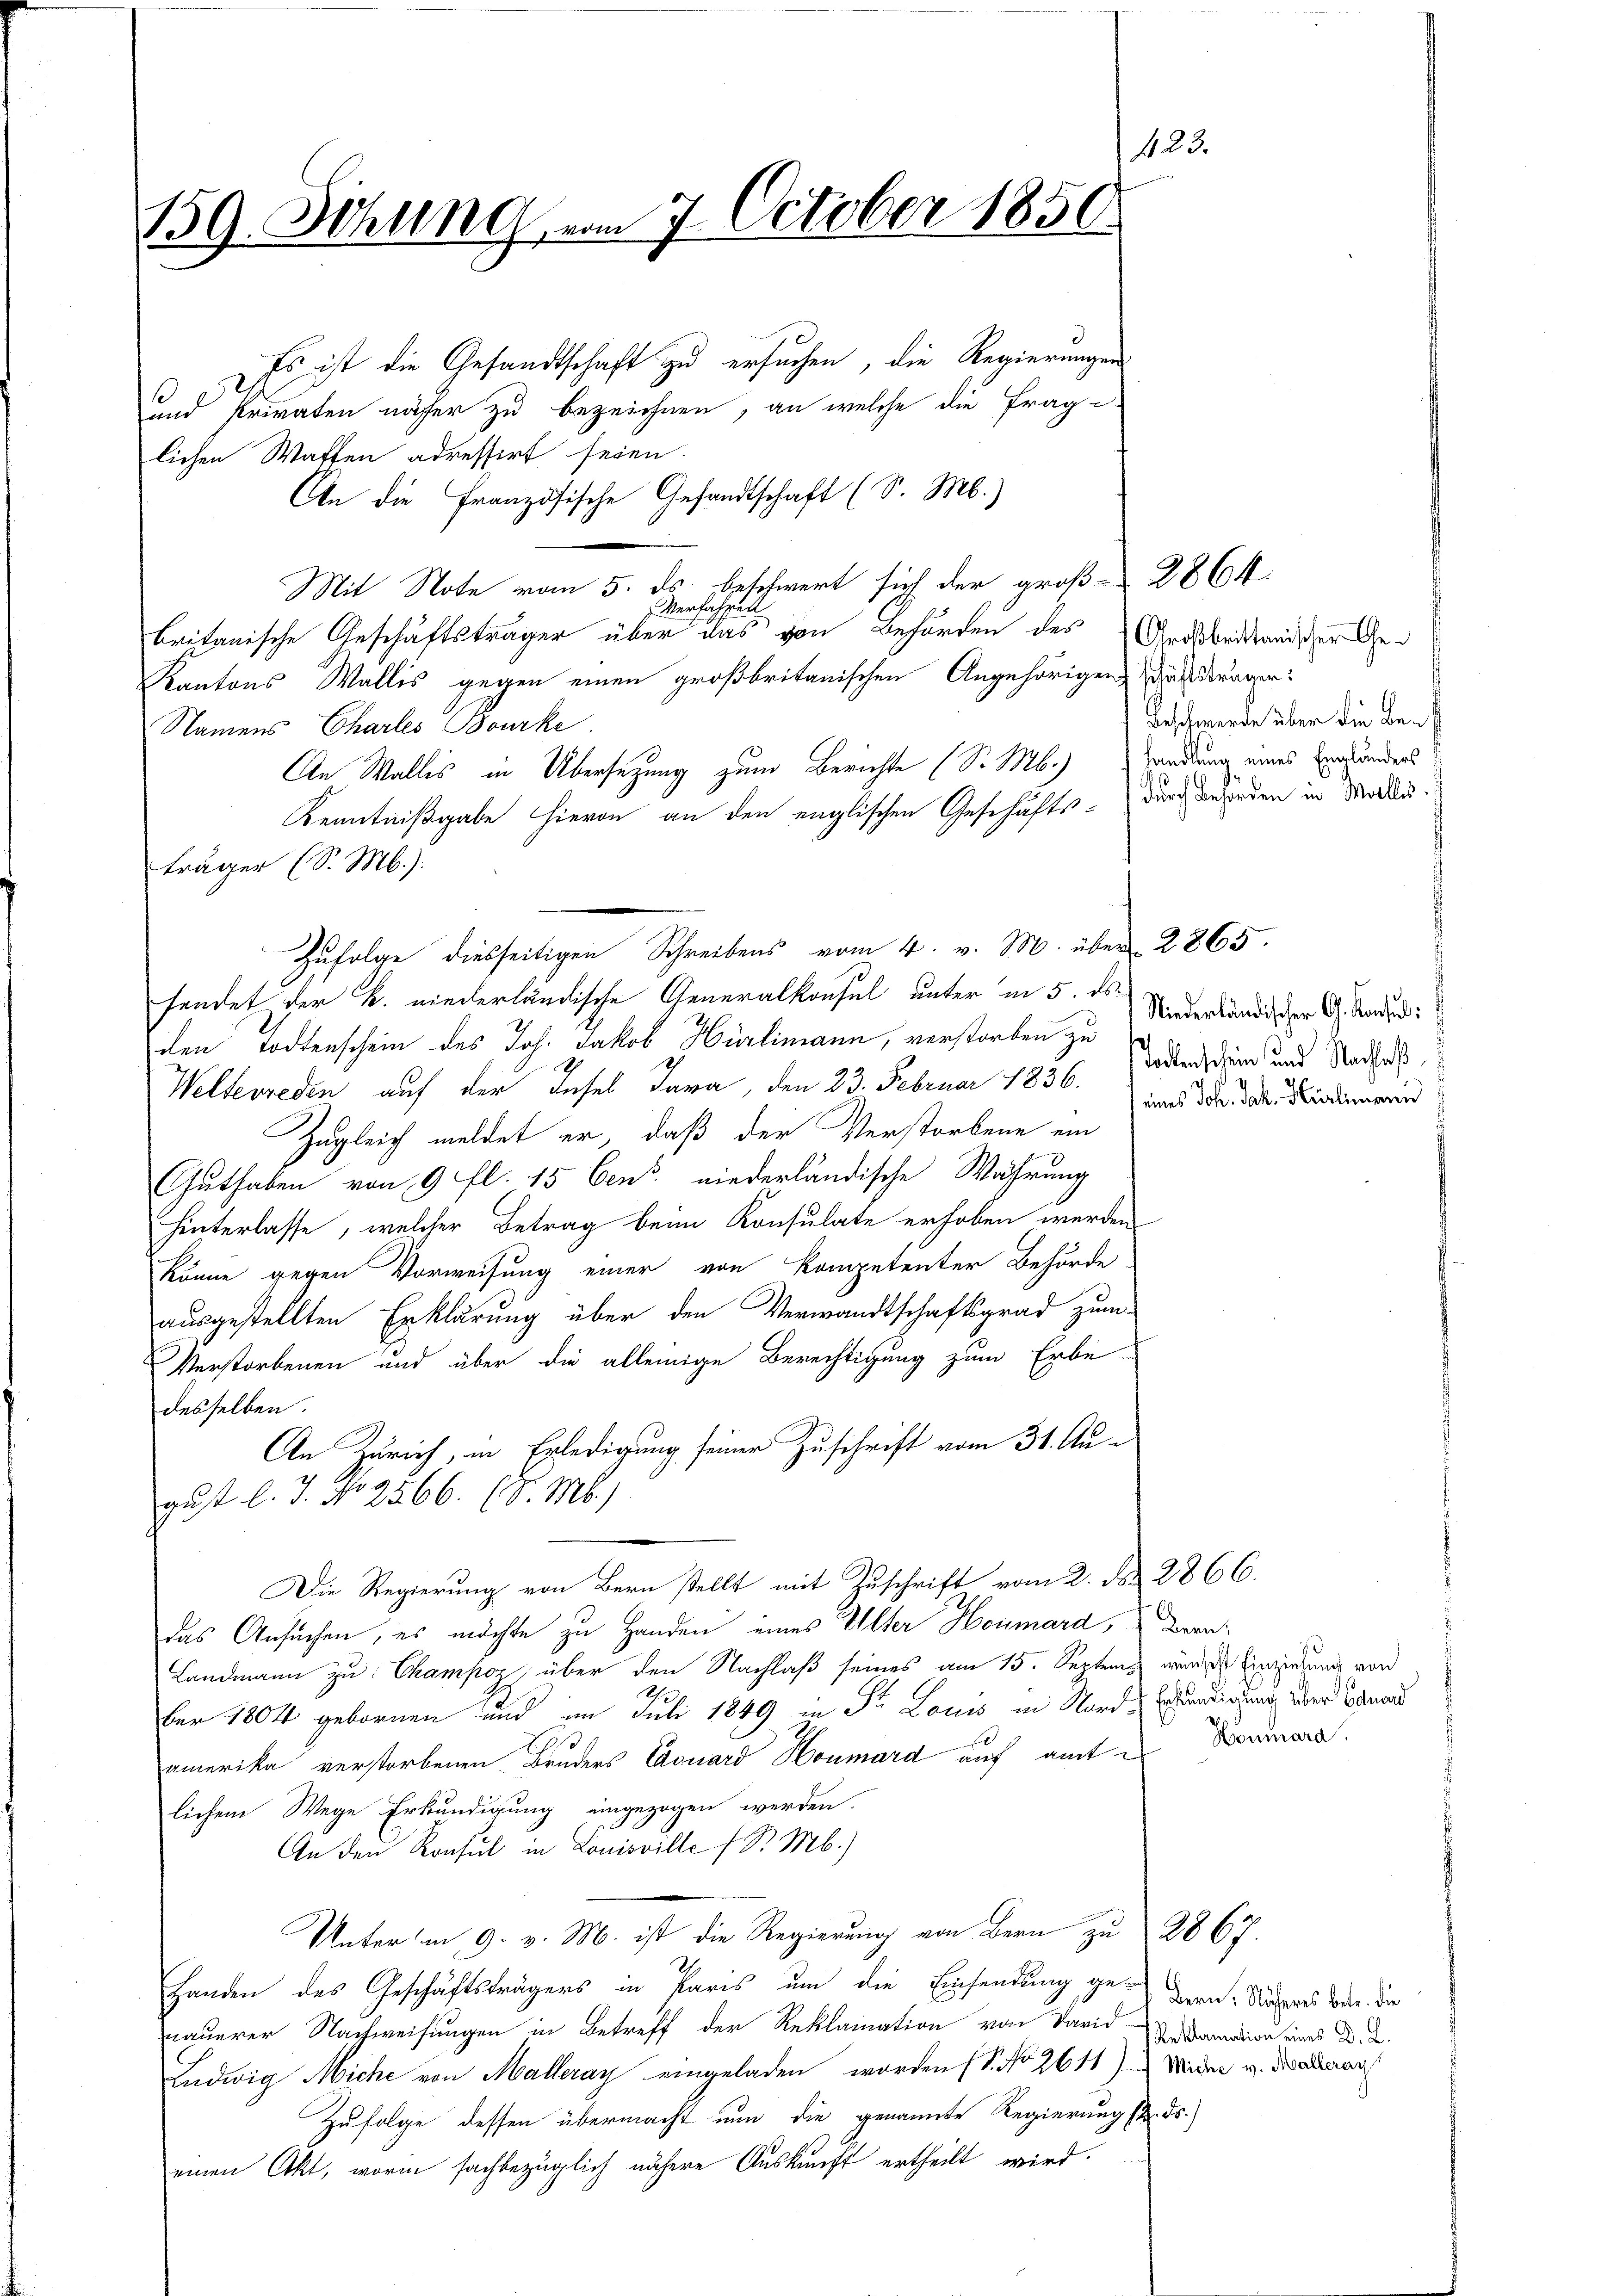
423.
159. Schling vom 7. October 1850.

Es ist die Gesandtschaft zu ersuchen, die Regierungen
und Privaten näher zu bezeichnen, an welche die Frage
lichen Waffen adressirt seien.
An die Französische Gesandtschaft (S. M.)
Mit Note vom 5. ds. beschwert sich der groß-2864
Verfahren
britanische Geschäftsträger über das von Behörden des Großbritanischer Ge¬
Kantons Wallis gegen einen großbritanischen Angehörigen Wärstragen:
Namens Charles Bourke
An Wallis in Übersezung zum Berichte (S. M.) Wendung eines Engländers
Kenntnißgabe hievon an den englischen Geschäfts- durch Beforden in Moden-
träger (S. M.).
sendet der B. niederländische Generalkonsul unter in 5. ds.
den Todtenschein des Joh. Jakob Hürlimann, verstorben zu
Welterreden auf der Insel Jara, den 23. Februar 1836.
Zugleich meldet er, daß der Verstorbene ein
Guthaben von 9 fl. 15 Cens. niederländische Wahrung
hinterlasse, welcher Betrag beim Konsulate erhoben werden
könne gegen Vorweisung einer von Kompetenter Behörde
ausgestellten Erklärung über den Verwandtschaftsgrad zum
Verstorbenen und über die alleinige Berechtigung zum Erbe
desselben.
An Zürich, in Erledigung seiner Zuschrift vom 31. Au¬
.
gust l. J. No 2566. (d. M.)
Die Regierung von Bern stellt mit Zuschrift vom 2. No. 2866.
Das Ansuchen, es möchte zu Handen eines Alter Houmard, Berat
Landmann zu Champoz, über den Nachlaß seines am 15. Septem wurde Einziehung von
The
ber 1804 gebornen und im Juli 1849 in Fr. Louis in Nord-Ergundigung über Eduard
amerika verstorbenen Bruders Eduard Houmard auf amte Baumara.
lichem Wege Erkundigung eingezogen werden.
An den Konsul in Louisville (S. M.)
Unter am 9. v. M. ist die Regierung von Bern zu 2867.
Handen des Geschäftsträgers in Paris, um die Einsendung ge- Bern-Noteres oder die
nauerer Nachweisungen in Betreff der Reklamation von Varidramation eines D. 2.
Ludwig Miche von Malleray eingeladen worden (S. No 2611) Wider v. Badenar
Zufolge dessen übermacht nun die genannte Regierung st. ds.
einen Akt, worin sachbezüglich nähere Auskunft ertheilt wird.

Zŭfolge diesseitigen Schreibens vom 4. v. M. über 2865.

Beschwerde über die ben

Niederländischer G. Konsul:
Todtenschein und Nachlaß
(eines Joh. Jak. Hürlimann